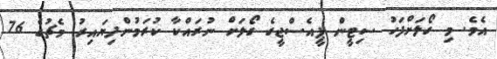
އެވެ. މި ގޯލަށްފަހު ސިޓީން ޕީއެސްޖީގެ ގޯލަށް ނުރައްކާ ކުރަމުންދިޔައިރު މެޗުގެ 76